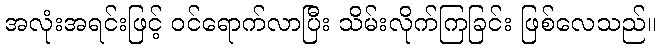
အလုံးအရင်းဖြင့် ဝင်ရောက်လာပြီး သိမ်းလိုက်ကြခြင်း ဖြစ်လေသည်။